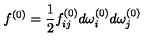
f ^ { ( 0 ) } = \frac { 1 } { 2 } f _ { i j } ^ { ( 0 ) } d \omega _ { i } ^ { ( 0 ) } d \omega _ { j } ^ { ( 0 ) }